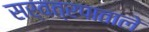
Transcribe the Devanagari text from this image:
सर्वत्रपाताले